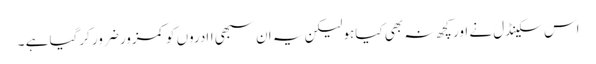
اس سکینڈل نے اور کچھ نہ بھی کیاہولیکن یہ ان سبھی اادروں کو کمزور ضرور کرگیا ہے ۔